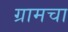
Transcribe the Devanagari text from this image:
ग्रामचा